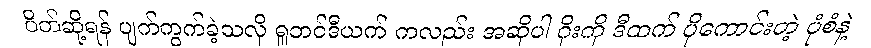
ပိတ်ဆို့ရန် ပျက်ကွက်ခဲ့သလို ရူဘင်ဒီယက် ကလည်း အဆိုပါ ဂိုးကို ဒီထက် ပိုကောင်းတဲ့ ပုံစံနဲ့